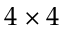
4 \times 4